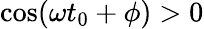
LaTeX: \cos(\omega t_{0}+\phi)>0